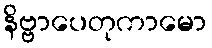
နိဗ္ဗာပေတုကာမော